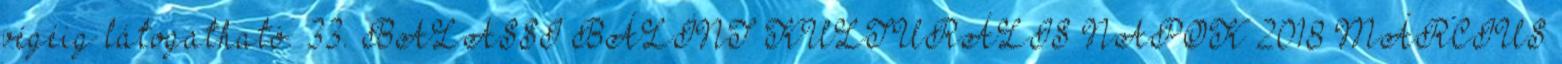
végéig látogatható. 33. BALASSI BÁLINT KULTURÁLIS NAPOK 2018 MÁRCIUS